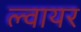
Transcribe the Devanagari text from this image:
ल्वायर